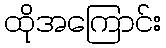
ထိုအကြောင်း